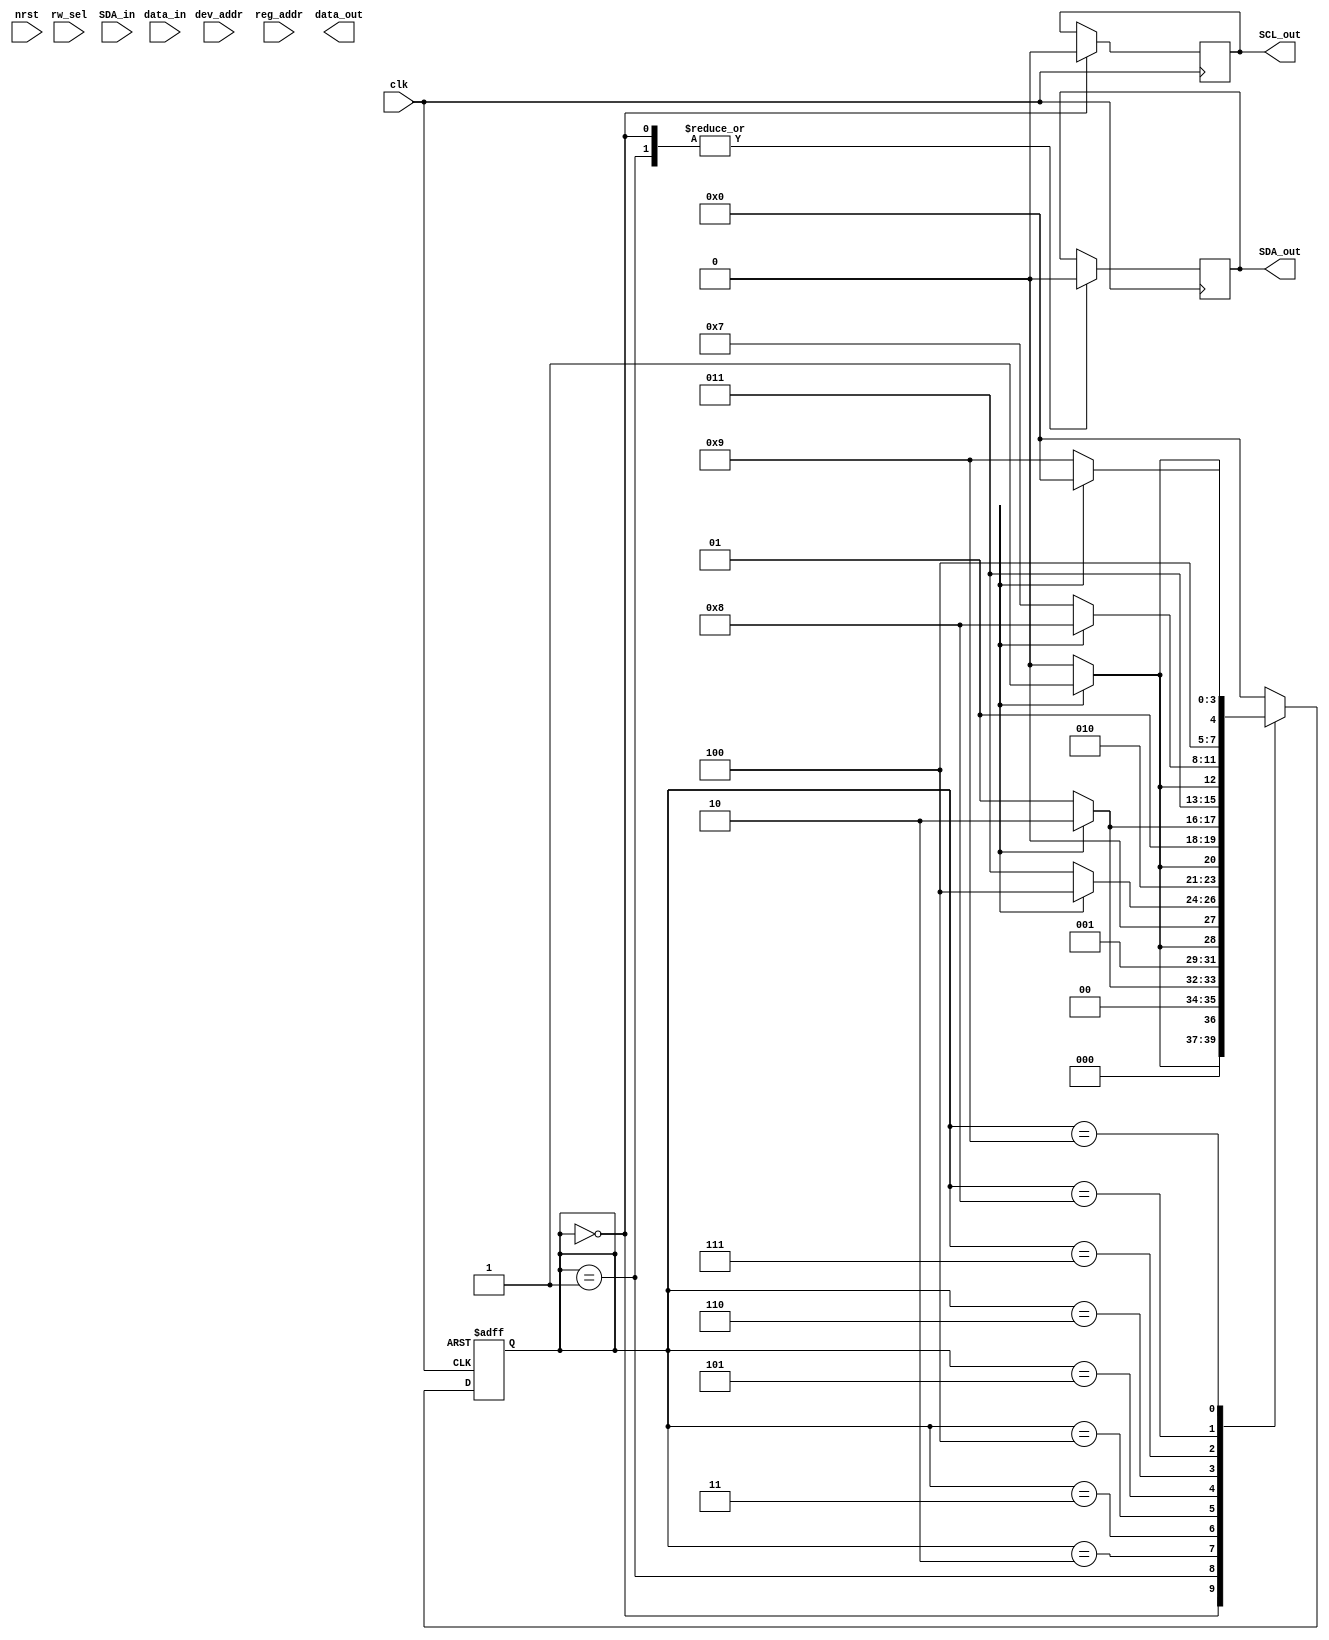
module IDEC_i2c(
    //basic input
    input wire          clk,
    input wire          nrst,
    input wire          rw_sel, //1:read, 0:write
    //addr of device, register and input data
    input wire [6:0]    dev_addr,
    input wire [7:0]    data_in,
    input wire [7:0]    reg_addr,
    //SDA
    input wire          SDA_in,
    output reg          SDA_out,
    //SCL - sync to clk?
    output reg          SCL_out,

    output reg [7:0]    data_out,
);



//parameter for state define
parameter   IDLE = 4'd0, 
            START = 4'd1, 
            DEV_SEL = 4'd2, 
            READ = 4'd3, 
            WRITE = 4'd4,
            ACK = 4'd5,
            REG_SEL = 4'd6, 
            DATA = 4'd7,
            NACK = 4'd8, 
            STOP = 4'd9;

//Register Declaration
    //regs for state
reg [3:0] state         = 4'd0;
reg [3:0] next_state    = 4'd0;
reg [7:0] ireg          = 4'd0;         //for input reg addr
reg [6:0] idev          = 4'd0;         //for input device addr
reg [3:0] bit_cnt       = 4'd0;         //11 state, 4bit needed
    //reg for state change
reg [7:0] cnt           =4'd0;
    //reg for SCL
reg scl;

//State register
always @(posedge clk, negedge rst) begin
    if (!rst) state <= IDLE;
    else state <= next_state;
end
//Always for count variable
    //whty reg cnt has 8bit? -> use number 31
always @(posedge clk) 
    if(!rst)
        cnt <= 8'b0;
    else
        if(cnt < 8'd31) cnt <= cnt + 1;
        else cnt <= 8'b0;


//Next State Logic
always @(*) begin
    next_state = 4'bx;  //for inferred latch or initialization
    //out
    case(state)
        IDLE: 
            if(i) next_state <= START; 
            else next_state <= IDLE;
        START:          //read 7 bit input
            if(i) next_state <= DEV_SEL; 
            else next_state <= START;
        DEV_SEL: 
            if(i) next_state <= READ; 
            else next_state <= DEV_SEL;
        READ: 
            if(i) next_state <= WRITE; 
            else next_state <= READ;
        WRITE: 
            if(i) next_state <= ACK; 
            else next_state <= WRITE;
        ACK: 
            if(i) next_state <= REG_SEL; 
            else next_state <= ACK;
        REG_SEL: 
            if(i) next_state <= DATA; 
            else next_state <= REG_SEL;
        DATA: 
            if(i) next_state <=  NACK; 
            else next_state <= DATA;
        NACK: 
            if(i) next_state <= STOP; 
            else next_state <= NACK;
        STOP: 
            if(i) next_state <= IDLE; 
            else next_state <= STOP;

        default: 
            next_state <= IDLE;
    endcase
end

//State machine
always @ (posedge clk) begin
    case(state)
    IDLE:   //initialize dev_addr, reg_addr, scl, sda, bit_cnt
    begin
        dev_addr    <= 0;
        bit_cnt     <= 4'b0;
        SDA_out     <= 1'b0;
        SCL_out     <= 1'b0;
    end
    START:  //send start condition
    begin
        SDA_out     <= 1'b0;
    end
    endcase
end

endmodule